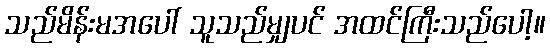
သည်မိန်းမအပေါ် သူသည်မျှပင် အထင်ကြီးသည်ပေါ့။